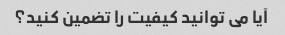
آیا می توانید کیفیت را تضمین کنید؟